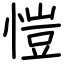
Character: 愷